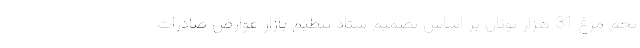
تخم مرغ 31 هزار تونان بر اساس تصمیم ستاد تنظیم بازار عوارض صادرات